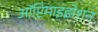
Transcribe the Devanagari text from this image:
ऑप्टिमाइझेशन